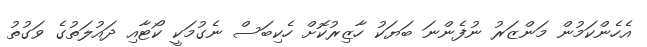
އެހެންކަމުން މަންޒަރު ނުފެންނަ ބަޔަކު ހާޒިރުކޮށް ހެކިބަސް ނެގުމަކީ ކޯޓާއި ދައުލަތުގެ ވަގުތު